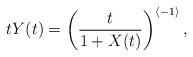
LaTeX: \begin{align*} tY(t) = \left(\frac{t}{1+X(t)}\right)^{\langle-1\rangle},\end{align*}